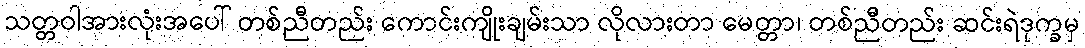
သတ္တဝါအားလုံးအပေါ် တစ်ညီတည်း ကောင်းကျိုးချမ်းသာ လိုလားတာ မေတ္တာ၊ တစ်ညီတည်း ဆင်းရဲဒုက္ခမှ